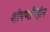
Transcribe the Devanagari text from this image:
शोषणविहीन